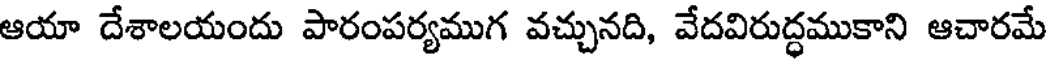
ఆయా దేశాలయందు పారంపర్యముగ వచ్చునది, వేదవిరుద్ధముకాని ఆచారమే